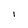
Character: l